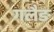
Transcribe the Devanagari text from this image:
गलैङ